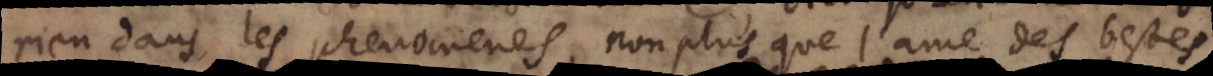
rien dans les phenomenes, non plus que l’ame des bestes,